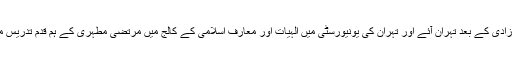
سن 1969ء میں آزادی کے بعد تہران آئے اور تہران کی یونیورسٹی میں الہیات اور معارف اسلامی کے کالج میں مرتضی مطہری کے ہم قدم تدریس میں مشغول ہوگئے۔